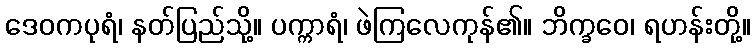
ဒေဝကပုရံ၊ နတ်ပြည်သို့။ ပက္ကာရံ၊ ဖဲကြလေကုန်၏။ ဘိက္ခဝေ၊ ရဟန်းတို့။